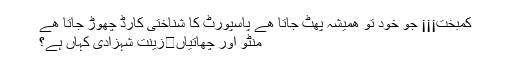
کمبخت¡¡¡ جو خود تو ھمیشہ پھٹ جاتا ھے پاسپورٹ کا شناختی کارڈ چھوڑ جاتا ھے
منٹو اور چھاتیاں	زینت شہزادی کہاں ہے؟